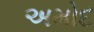
અમોદ